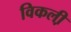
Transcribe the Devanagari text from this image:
विकली़